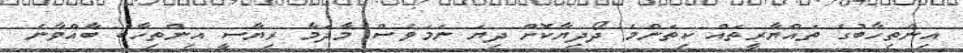
އިންތިހާބުގެ ތައްޔާރީތައް ކިތަންމެ ދޯދިޔާކޮށް ދިޔަ ނަމަވެސް މާދަމާ ރިޔާސީ އިންތިހާބު ބާއްވާނެ